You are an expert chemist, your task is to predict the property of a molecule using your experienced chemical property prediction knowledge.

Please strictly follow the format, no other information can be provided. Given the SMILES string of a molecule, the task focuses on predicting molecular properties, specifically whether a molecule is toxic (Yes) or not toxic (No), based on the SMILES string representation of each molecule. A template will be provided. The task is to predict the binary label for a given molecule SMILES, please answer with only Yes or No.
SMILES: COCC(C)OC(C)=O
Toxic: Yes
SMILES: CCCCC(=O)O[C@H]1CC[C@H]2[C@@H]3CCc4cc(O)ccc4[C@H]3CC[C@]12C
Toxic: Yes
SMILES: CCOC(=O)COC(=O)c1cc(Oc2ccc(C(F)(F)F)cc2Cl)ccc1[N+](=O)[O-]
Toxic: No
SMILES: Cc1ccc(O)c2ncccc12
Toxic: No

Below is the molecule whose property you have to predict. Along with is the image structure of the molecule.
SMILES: O=S(=O)([O-])[O-].[Na+].[Na+]
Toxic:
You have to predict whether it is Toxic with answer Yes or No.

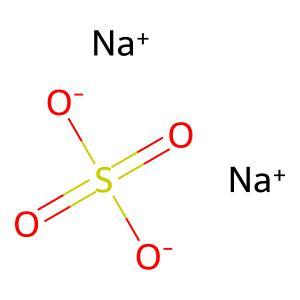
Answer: No